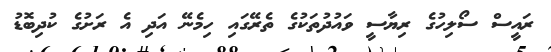
ރައީސް ސޯލިހުގެ ރިޔާސީ ވައުދުތަކުގެ ތެރޭގައި ހިމެނޭ އަދި އެ ރަށުގެ ކުދިބޮޑު